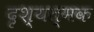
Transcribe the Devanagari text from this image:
दृश्यत्मक